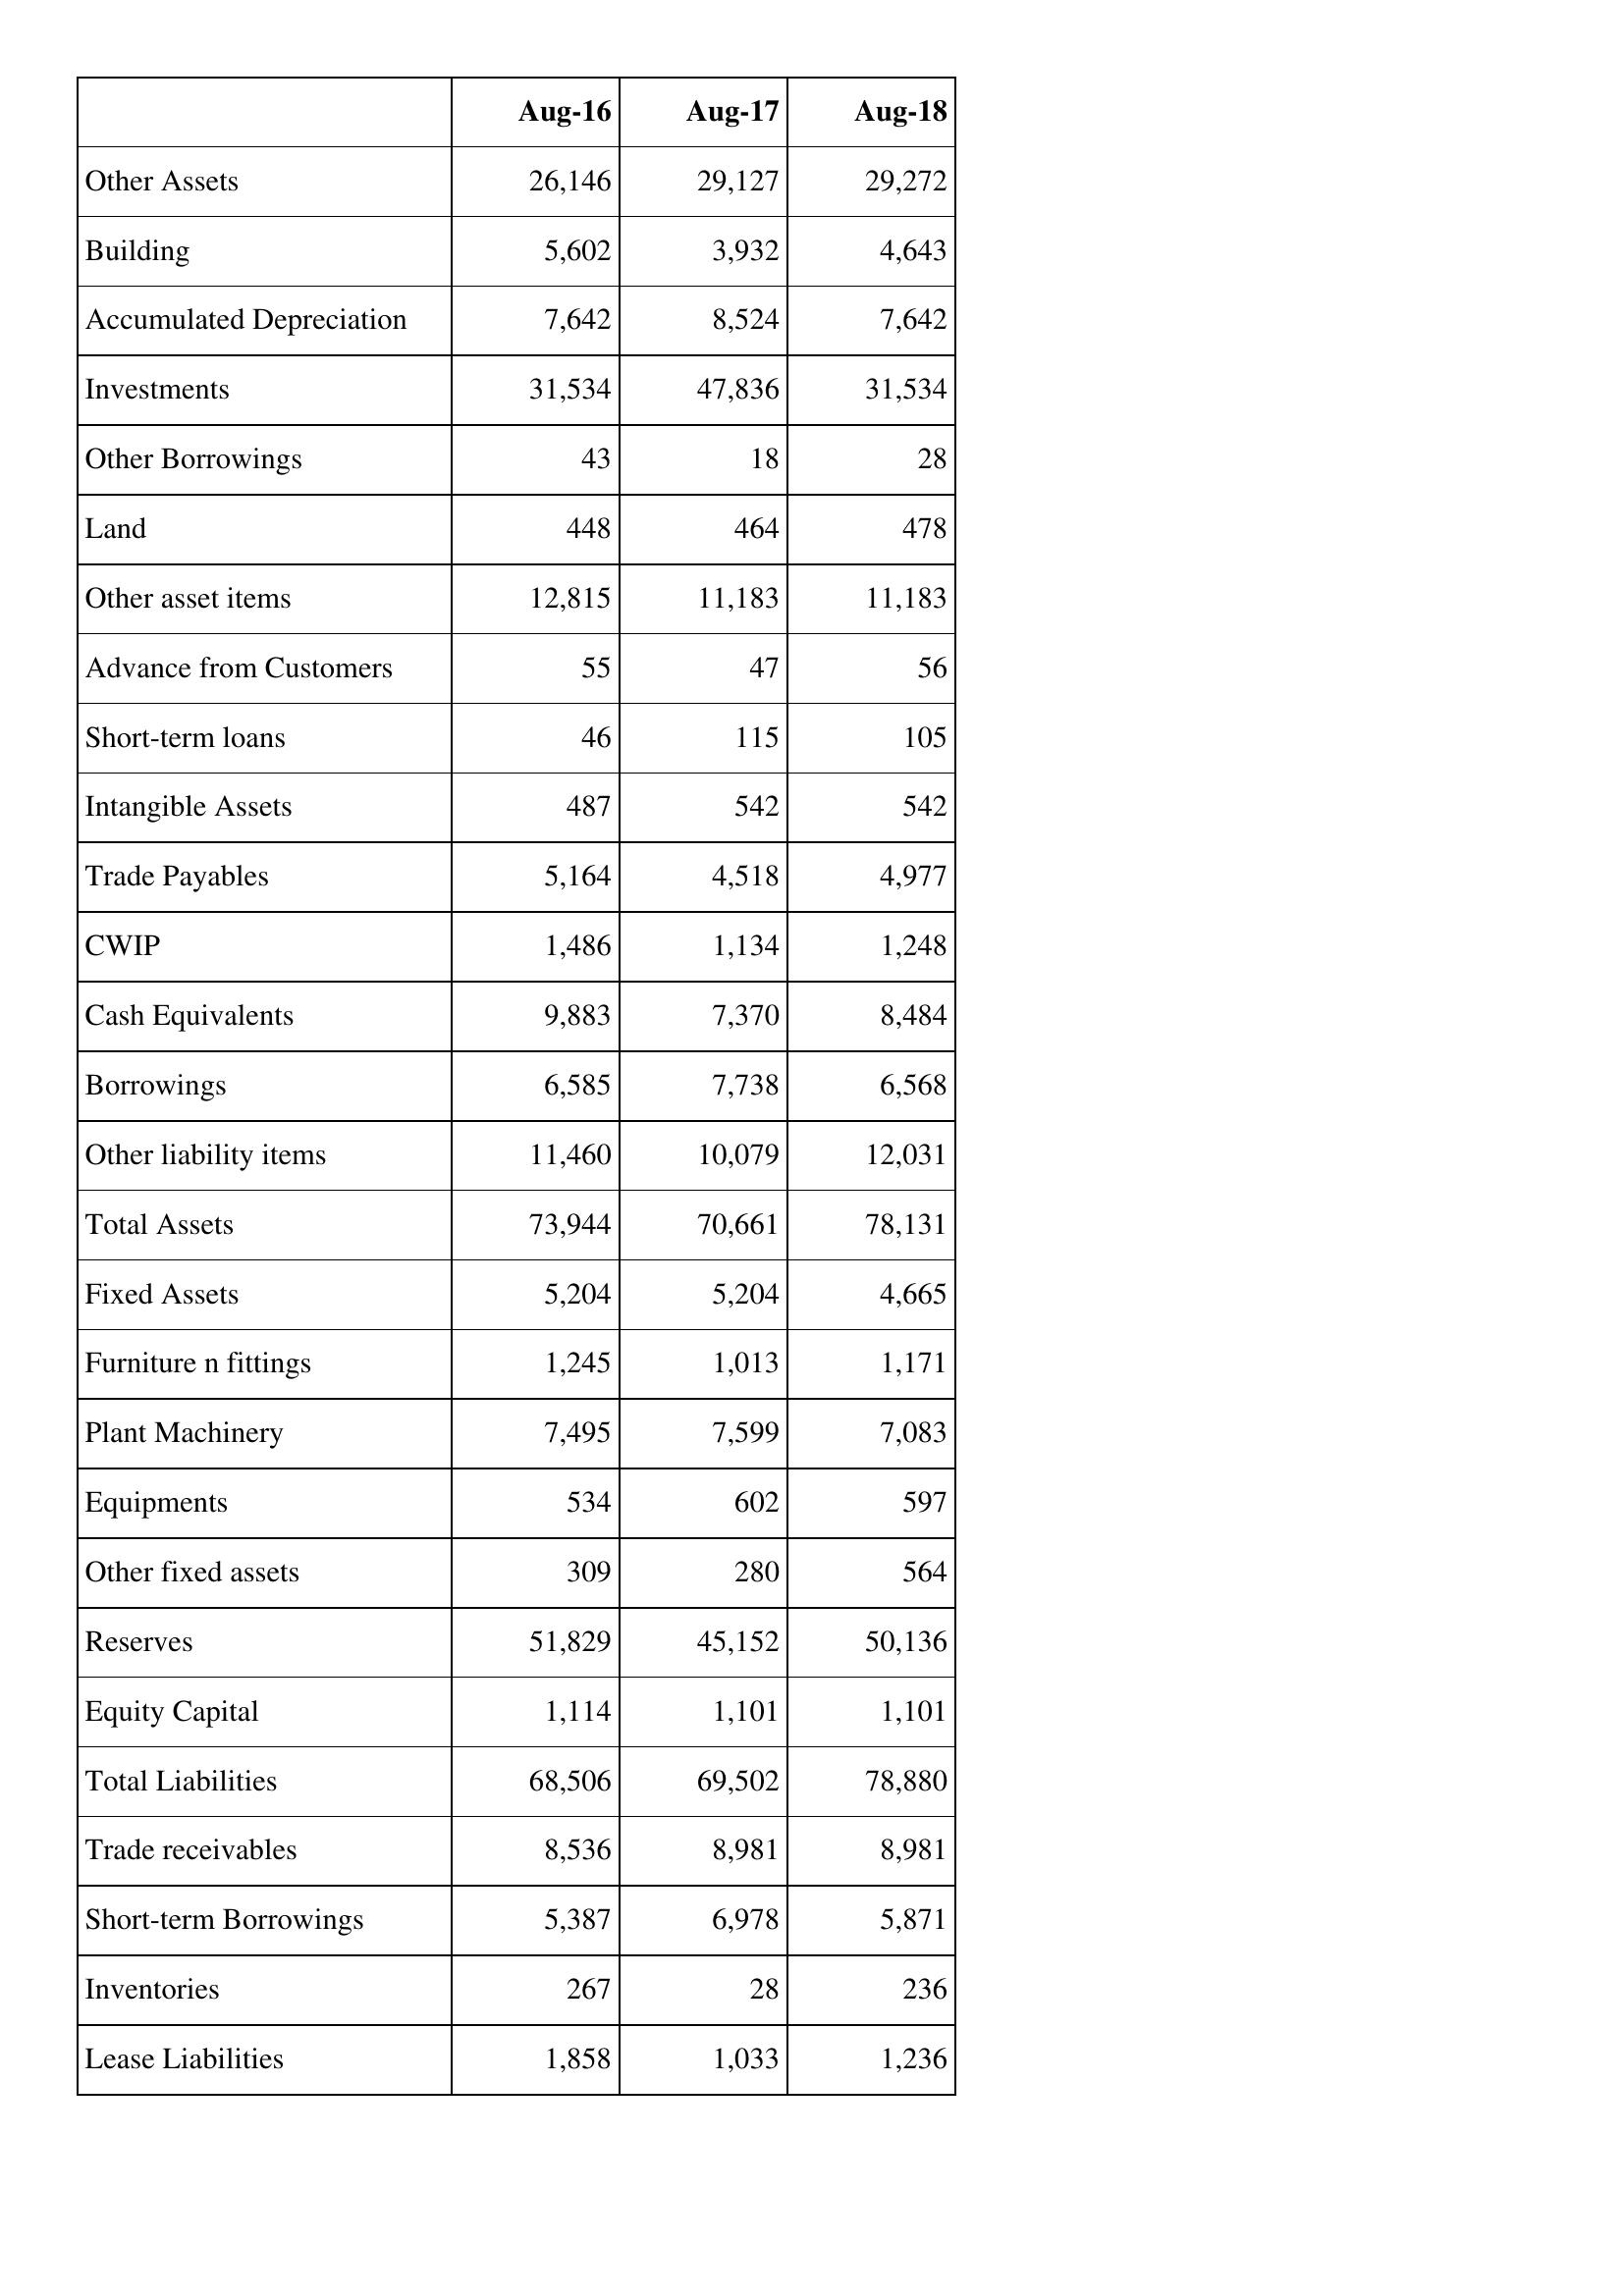
Aug-16: Balance Sheet: Other Assets: 26,146
Building: 5,602
Accumulated Depreciation: 7,642
Investments: 31,534
Other Borrowings: 43
Land: 448
Other asset items: 12,815
Advance from Customers: 55
Short-term loans: 46
Intangible Assets: 487
Trade Payables: 5,164
CWIP: 1,486
Cash Equivalents: 9,883
Borrowings: 6,585
Other liability items: 11,460
Total Assets: 73,944
Fixed Assets: 5,204
Furniture n fittings: 1,245
Plant Machinery: 7,495
Equipments: 534
Other fixed assets: 309
Reserves: 51,829
Equity Capital: 1,114
Total Liabilities: 68,506
Trade receivables: 8,536
Short-term Borrowings: 5,387
Inventories: 267
Lease Liabilities: 1,858
Aug-17: Balance Sheet: Other Assets: 29,127
Building: 3,932
Accumulated Depreciation: 8,524
Investments: 47,836
Other Borrowings: 18
Land: 464
Other asset items: 11,183
Advance from Customers: 47
Short-term loans: 115
Intangible Assets: 542
Trade Payables: 4,518
CWIP: 1,134
Cash Equivalents: 7,370
Borrowings: 7,738
Other liability items: 10,079
Total Assets: 70,661
Fixed Assets: 5,204
Furniture n fittings: 1,013
Plant Machinery: 7,599
Equipments: 602
Other fixed assets: 280
Reserves: 45,152
Equity Capital: 1,101
Total Liabilities: 69,502
Trade receivables: 8,981
Short-term Borrowings: 6,978
Inventories: 28
Lease Liabilities: 1,033
Aug-18: Balance Sheet: Other Assets: 29,272
Building: 4,643
Accumulated Depreciation: 7,642
Investments: 31,534
Other Borrowings: 28
Land: 478
Other asset items: 11,183
Advance from Customers: 56
Short-term loans: 105
Intangible Assets: 542
Trade Payables: 4,977
CWIP: 1,248
Cash Equivalents: 8,484
Borrowings: 6,568
Other liability items: 12,031
Total Assets: 78,131
Fixed Assets: 4,665
Furniture n fittings: 1,171
Plant Machinery: 7,083
Equipments: 597
Other fixed assets: 564
Reserves: 50,136
Equity Capital: 1,101
Total Liabilities: 78,880
Trade receivables: 8,981
Short-term Borrowings: 5,871
Inventories: 236
Lease Liabilities: 1,236